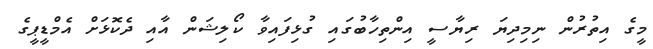
މީގެ އިތުރުން ނިމިދިޔަ ރިޔާސީ އިންތިހާބުގައި ގުޅިފައިވާ ކޯލިޝަން އާއި ދެކޮޅަށް އެމްޑީޕީގެ